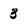
Character: 3